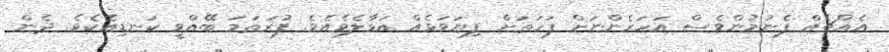
އެއްޗެއް ފެނުމުންވެސް އަހަރެންނަށް ފަހަތަށް ފިޔަވަޅެއް އަޅާލެވެއެވެ. ފުރަތަމަ ބޭއްވީ ކަނޑިއެކެވެ. ދެން